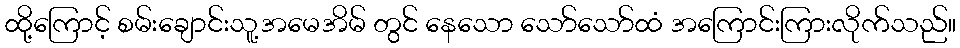
ထို့ကြောင့် စမ်းချောင်းသူ့အမေအိမ် တွင် နေသော သော်သော်ထံ အကြောင်းကြားလိုက်သည်။